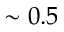
\sim 0 . 5